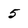
Character: 5